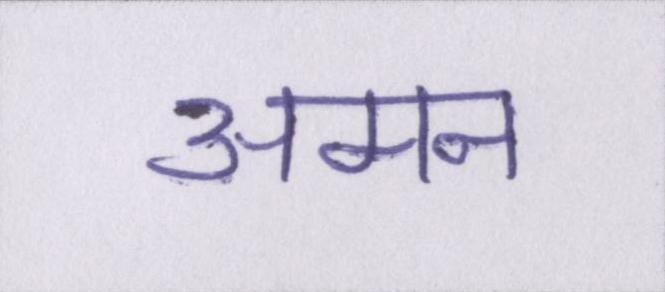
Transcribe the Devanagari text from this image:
अमन